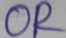
Text: OR